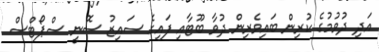
އަދި ދުވުމުގެ ކުރިން ބައިވެރިން ދުވާ ބޫޓާއި ފައިގެ ސައިޒު ސޮނީ ސްޕޯޓްސް